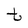
Character: t